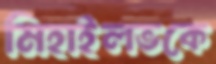
মিহাইলভকে